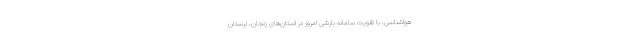
هواشناسی، با تقویت سامانه بارشی امروز در استان‌های زنجان، لرستان